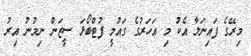
މިރޭގެ ފައިނަލާ އެކު މި އަހަރުގެ ގައުމީ ފުޓްބޯޅަ ސީޒަން ނިމުނު އިރު